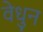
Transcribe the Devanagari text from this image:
वेधुन